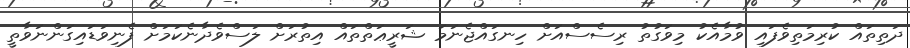
ދަތިތައް ކުރިމަތިވެފައި ވުމާއެކު މިވަގުތު ރިސެސްއަށް ހިނގައްޖެނަމަ ޝަރީޢަތްތައް އިތުރަށް ލަސްވެދާނެކަމަށް ފެނިވަޑައިގަންނަވާތީ